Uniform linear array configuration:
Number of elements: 16
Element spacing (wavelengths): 0.75
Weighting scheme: hann
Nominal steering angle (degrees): -60
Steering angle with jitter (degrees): -61.523
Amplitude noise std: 0.05
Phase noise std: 0.05

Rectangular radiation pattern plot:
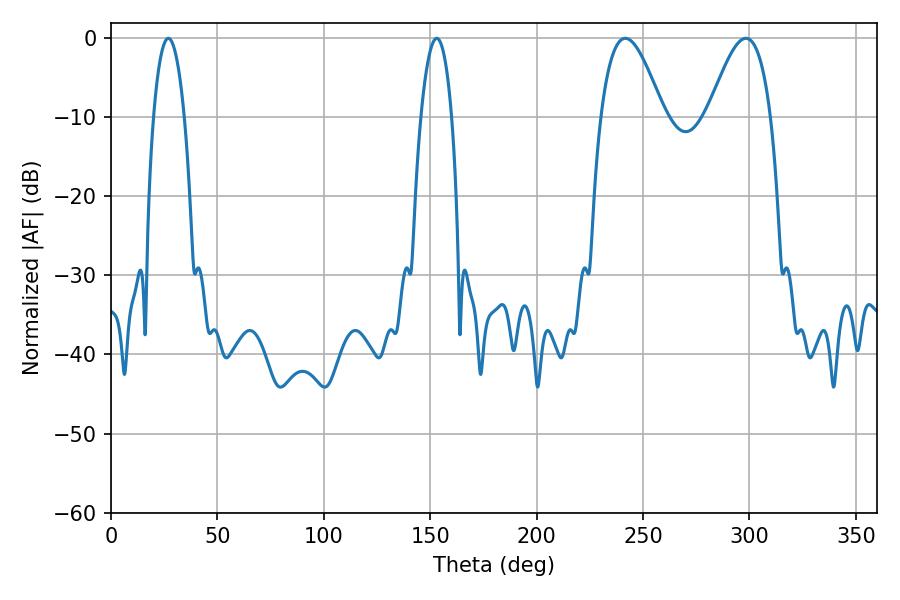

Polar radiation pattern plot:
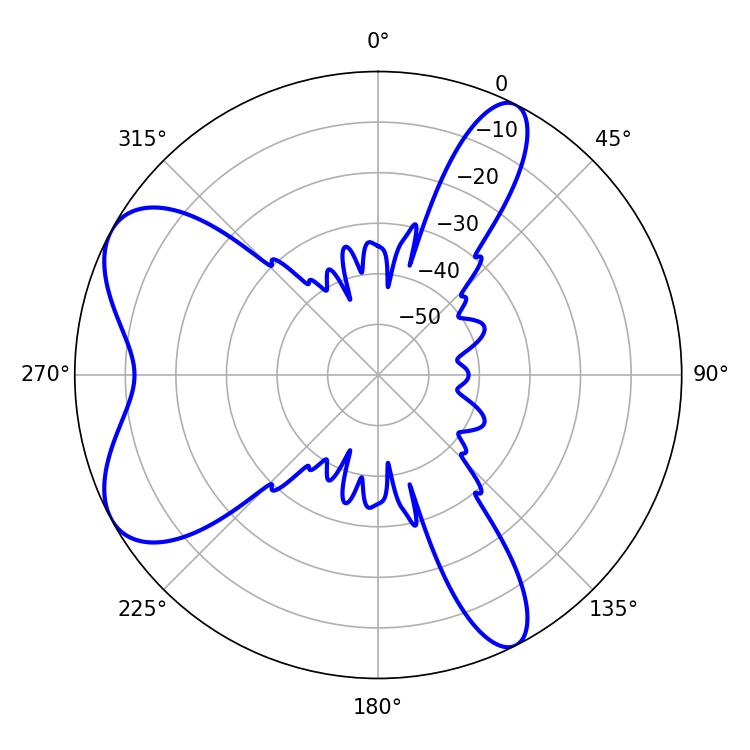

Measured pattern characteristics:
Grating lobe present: TRUE
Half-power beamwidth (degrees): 16.02
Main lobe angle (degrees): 241.74